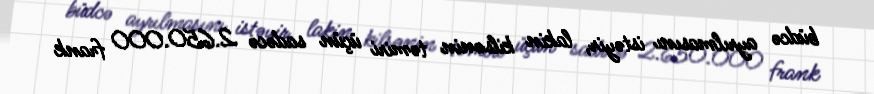
büdcə ayrılmasını istəyir, lakin kilsənin təmiri üçün sadəcə 2.650.000 frank